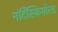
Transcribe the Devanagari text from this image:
नॉर्देंस्कियोल्ड